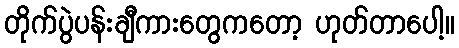
တိုက်ပွဲပန်းချီကားတွေကတော့ ဟုတ်တာပေါ့။